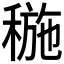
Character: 𥠥